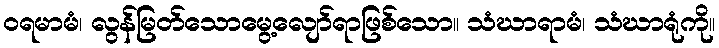
ဝရမာမံ၊ လွန်မြတ်သောမွေ့လျော်ရာဖြစ်သော။ သံဃာရာမံ၊ သံဃာရုံကို။